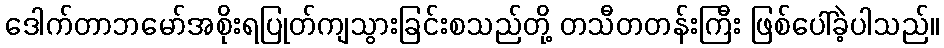
ဒေါက်တာဘမော်အစိုးရပြုတ်ကျသွားခြင်းစသည်တို့ တသီတတန်းကြီး ဖြစ်ပေါ်ခဲ့ပါသည်။